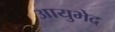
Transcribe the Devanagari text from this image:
आयुभेद